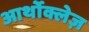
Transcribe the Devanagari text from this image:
आर्थोक्लेज़